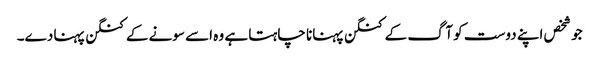
جو شخص اپنے دوست کو آگ کے کنگن پہنانا چاہتا ہے وہ اسے سونے کے کنگن پہنا دے۔